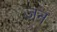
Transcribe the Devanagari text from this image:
ज़न